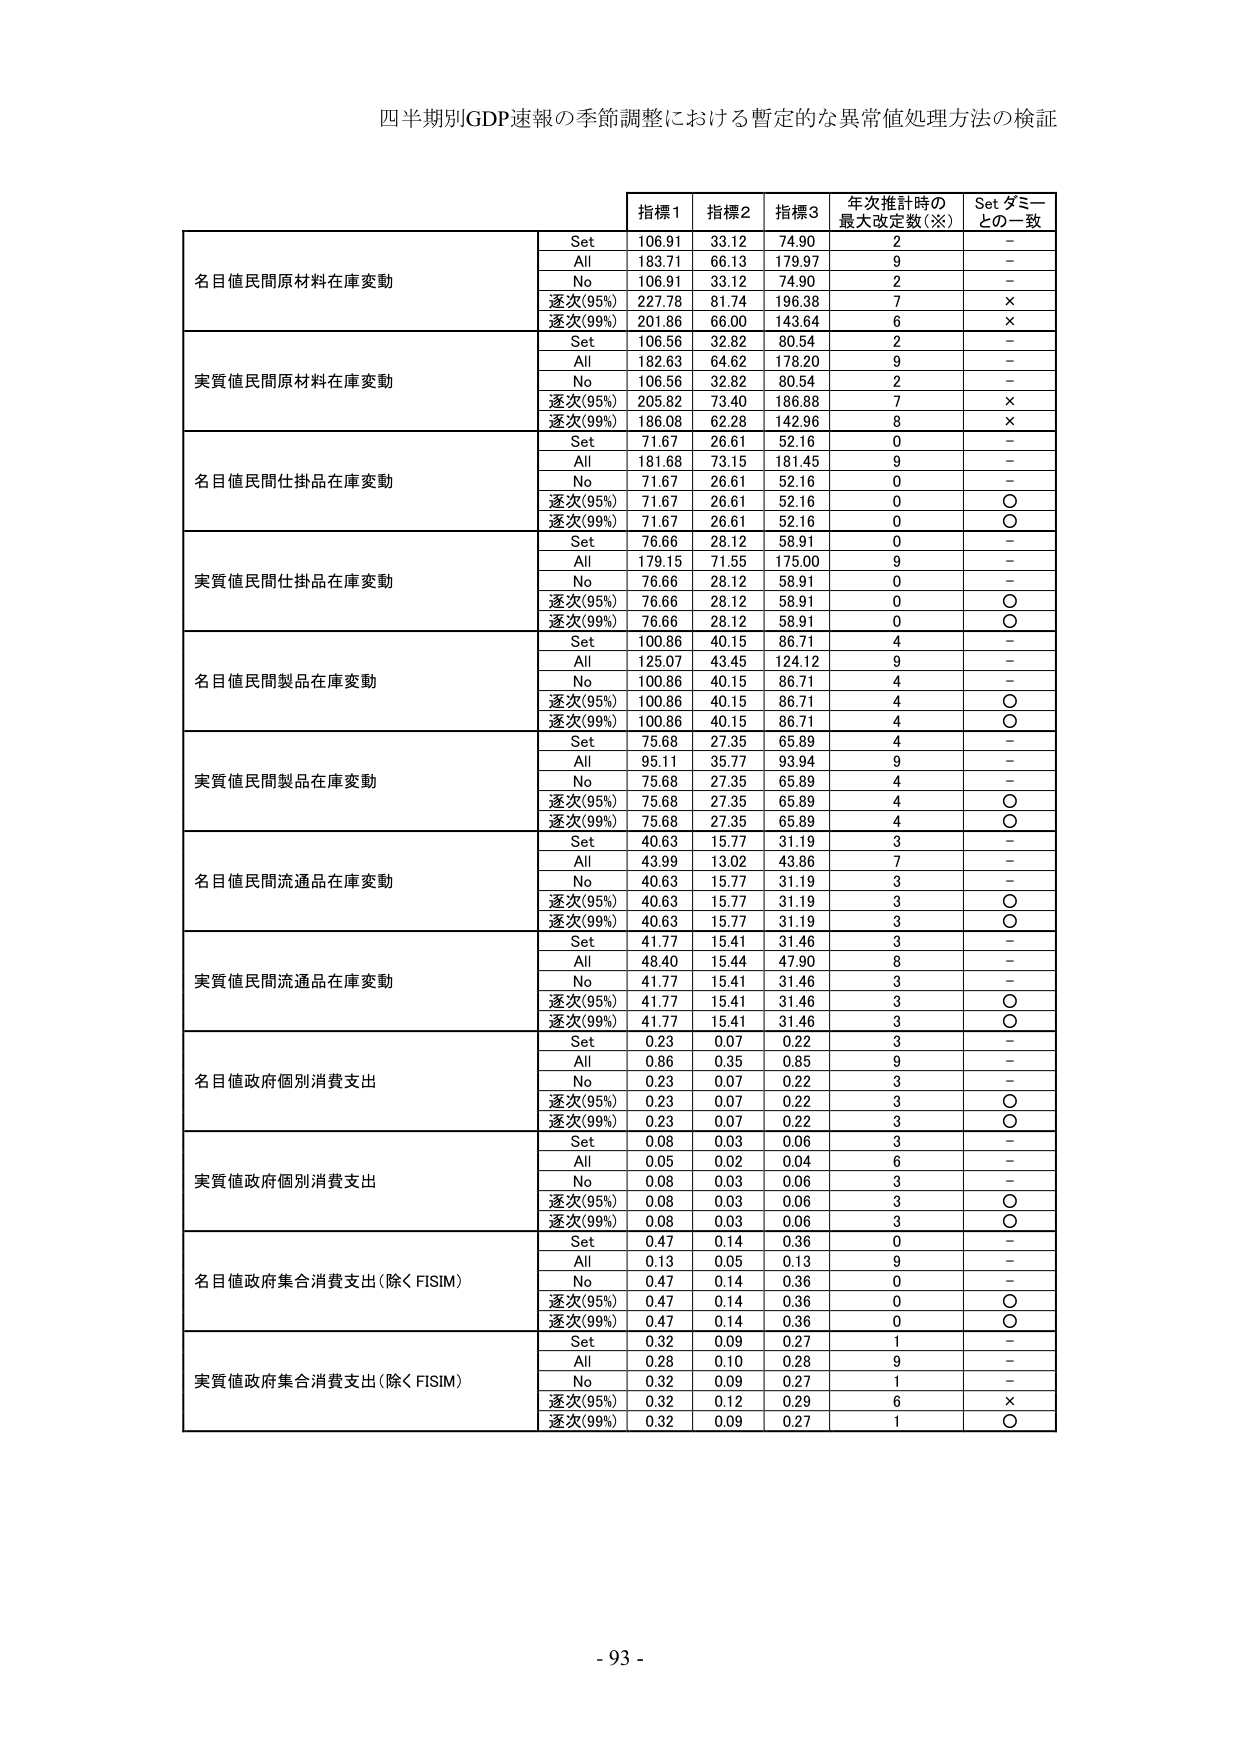
四半期別GDP速報の季節調整における暫定的な異常値処理方法の検証

指標1 指標2 指標3 年次推計時の最大改定数(※) Set ダミーとの一致

名目値民間原材料在庫変動
Set 106.91 33.12 74.90 2 -
All 183.71 66.13 179.97 9 -
No 106.91 33.12 74.90 2 -
逐次(95%) 227.78 81.74 196.38 7 ×
逐次(99%) 201.86 66.00 143.64 6 ×

実質値民間原材料在庫変動
Set 106.56 32.82 80.54 2 -
All 182.63 64.62 178.20 9 -
No 106.56 32.82 80.54 2 -
逐次(95%) 205.82 73.40 186.88 7 ×
逐次(99%) 186.08 62.28 142.96 8 ×

名目値民間仕掛品在庫変動
Set 71.67 26.61 52.16 0 -
All 181.68 73.15 181.45 9 -
No 71.67 26.61 52.16 0 -
逐次(95%) 71.67 26.61 52.16 0 ○
逐次(99%) 71.67 26.61 52.16 0 ○

実質値民間仕掛品在庫変動
Set 76.66 28.12 58.91 0 -
All 179.15 71.55 175.00 9 -
No 76.66 28.12 58.91 0 -
逐次(95%) 76.66 28.12 58.91 0 ○
逐次(99%) 76.66 28.12 58.91 0 ○

名目値民間製品在庫変動
Set 100.86 40.15 86.71 4 -
All 125.07 43.45 124.12 9 -
No 100.86 40.15 86.71 4 -
逐次(95%) 100.86 40.15 86.71 4 ○
逐次(99%) 100.86 40.15 86.71 4 ○

実質値民間製品在庫変動
Set 75.68 27.35 65.89 4 -
All 95.11 35.77 93.94 9 -
No 75.68 27.35 65.89 4 -
逐次(95%) 75.68 27.35 65.89 4 ○
逐次(99%) 75.68 27.35 65.89 4 ○

名目値民間流通品在庫変動
Set 40.63 15.77 31.19 3 -
All 43.99 13.02 43.86 7 -
No 40.63 15.77 31.19 3 -
逐次(95%) 40.63 15.77 31.19 3 ○
逐次(99%) 40.63 15.77 31.19 3 ○

実質値民間流通品在庫変動
Set 41.77 15.41 31.46 3 -
All 48.40 15.44 47.90 8 -
No 41.77 15.41 31.46 3 -
逐次(95%) 41.77 15.41 31.46 3 ○
逐次(99%) 41.77 15.41 31.46 3 ○

名目値政府個別消費支出
Set 0.23 0.07 0.22 3 -
All 0.86 0.35 0.85 9 -
No 0.23 0.07 0.22 3 -
逐次(95%) 0.23 0.07 0.22 3 ○
逐次(99%) 0.23 0.07 0.22 3 ○

実質値政府個別消費支出
Set 0.08 0.03 0.06 3 -
All 0.05 0.02 0.04 6 -
No 0.08 0.03 0.06 3 -
逐次(95%) 0.08 0.03 0.06 3 ○
逐次(99%) 0.08 0.03 0.06 3 ○

名目値政府集合消費支出(除くFISIM)
Set 0.47 0.14 0.36 0 -
All 0.13 0.05 0.13 9 -
No 0.47 0.14 0.36 0 -
逐次(95%) 0.47 0.14 0.36 0 ○
逐次(99%) 0.47 0.14 0.36 0 ○

実質値政府集合消費支出(除くFISIM)
Set 0.32 0.09 0.27 1 -
All 0.28 0.10 0.28 9 -
No 0.32 0.09 0.27 1 -
逐次(95%) 0.32 0.12 0.29 6 ×
逐次(99%) 0.32 0.09 0.27 1 ○

- 93 -